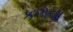
કળવા